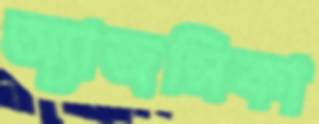
অ্যাজন্সিকা